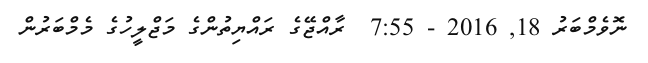
ނޮވެމްބަރު 18